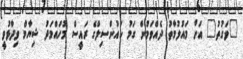
"ވަގުތު" އަށް މައުލުމާތު ދެއްވަމުން ގަމު ކައުންސިލްގެ ރައީސް މުހައްމަދު ޝިޔާމް ވިދާޅުވީ